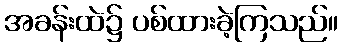
အခန်းထဲ၌ ပစ်ထားခဲ့ကြသည်။